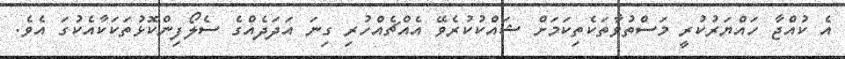
އެ ކުއްޖާ ހައްޔަރުކުރީ މަސްތުވާތަކެތިކަމަށް ޝައްކުކުރެވޭ އެއްޗެއްހުރި ގިނަ އަދަދެއްގެ ސެލޯފިންކޮޅުތަކަކާއެކުގަ އެވެ.